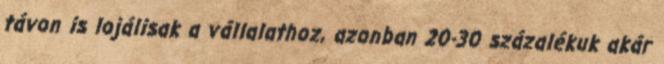
távon is lojálisak a vállalathoz, azonban 20-30 százalékuk akár